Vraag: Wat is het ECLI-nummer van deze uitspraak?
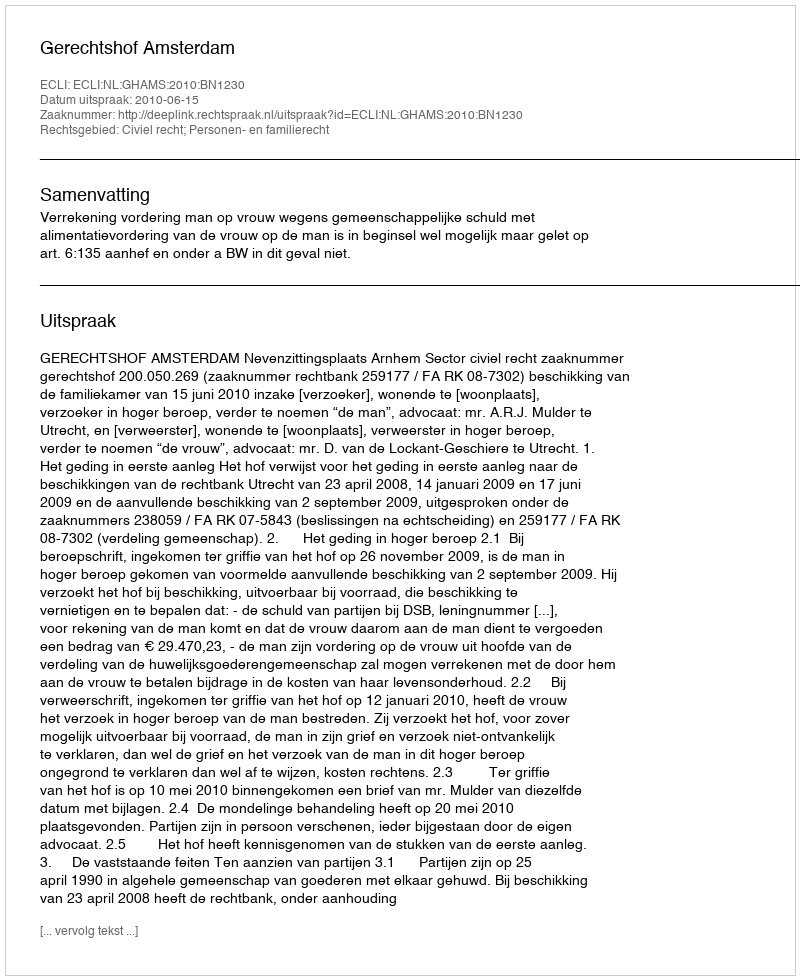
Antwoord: ECLI:NL:GHAMS:2010:BN1230